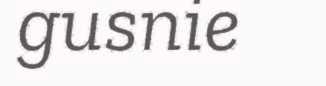
gusnie